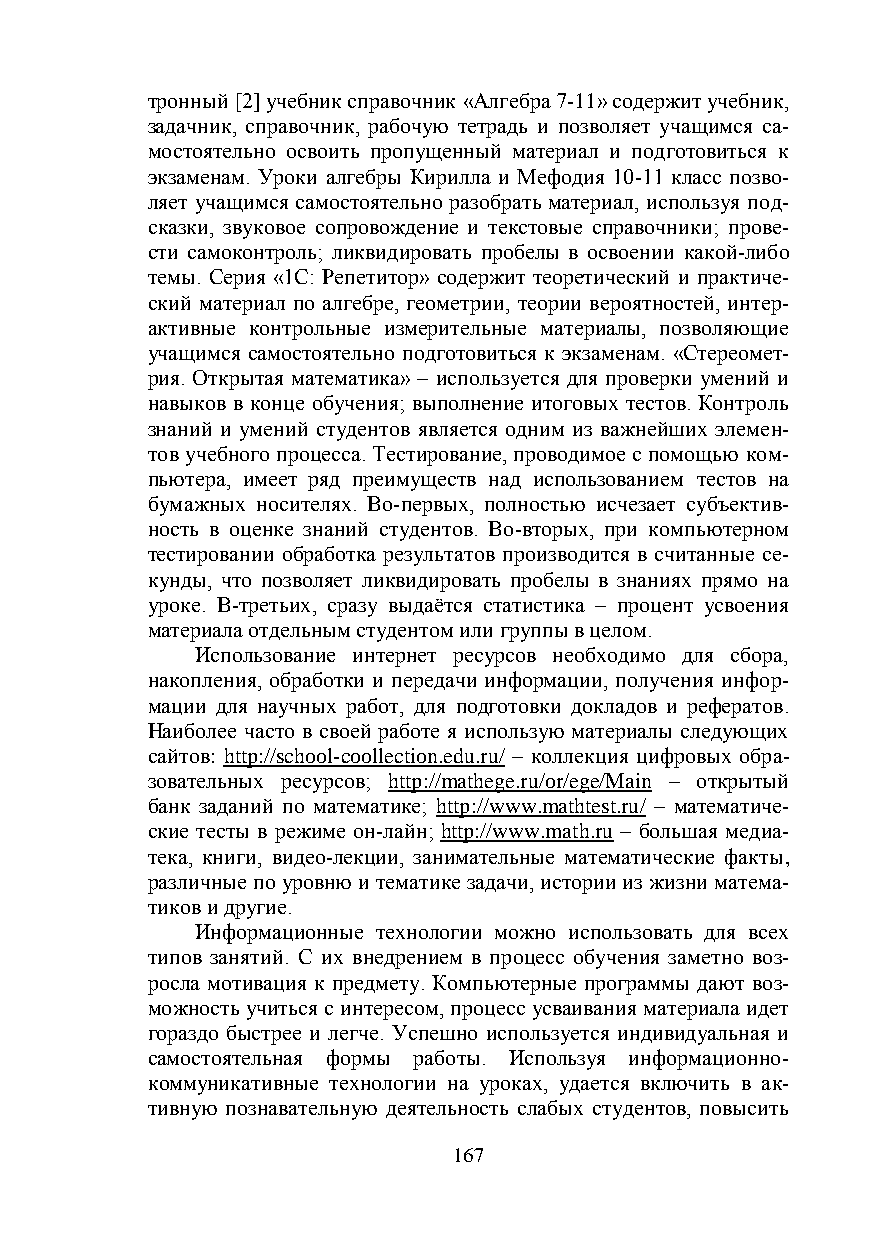
тронный [2] учебник справочник «Алгебра 7-11» содержит учебник,
 задачник, справочник, рабочую тетрадь и позволяет учащимся са-
 мостоятельно освоить пропущенный материал и подготовиться к
 экзаменам. Уроки алгебры Кирилла и Мефодия 10-11 класс позво-
 ляет учащимся самостоятельно разобрать материал, используя под-
 сказки, звуковое сопровождение и текстовые справочники; прове-
 сти самоконтроль; ликвидировать пробелы в освоении какой-либо
 темы. Серия «1С: Репетитор» содержит теоретический и практиче-
 ский материал по алгебре, геометрии, теории вероятностей, интер-
 активные контрольные измерительные материалы, позволяющие
 учащимся самостоятельно подготовиться к экзаменам. «Стереомет-
 рия. Открытая математика» – используется для проверки умений и
 навыков в конце обучения; выполнение итоговых тестов. Контроль
 знаний и умений студентов является одним из важнейших элемен-
 тов учебного процесса. Тестирование, проводимое с помощью ком-
 пьютера, имеет ряд преимуществ над использованием тестов на
 бумажных носителях. Во-первых, полностью исчезает субъектив-
 ность в оценке знаний студентов. Во-вторых, при компьютерном
 тестировании обработка результатов производится в считанные се-
 кунды, что позволяет ликвидировать пробелы в знаниях прямо на
 уроке. В-третьих, сразу выдаётся статистика – процент усвоения
 материала отдельным студентом или группы в целом.
 Использование интернет ресурсов необходимо для сбора,
 накопления, обработки и передачи информации, получения инфор-
 мации для научных работ, для подготовки докладов и рефератов.
 Наиболее часто в своей работе я использую материалы следующих
 сайтов: http://school-coollection.edu.ru/ – коллекция цифровых обра-
 зовательных ресурсов; http://mathege.ru/or/ege/Main – открытый
 банк заданий по математике; http://www.mathtest.ru/ – математиче-
 ские тесты в режиме он-лайн; http://www.math.ru – большая медиа-
 тека, книги, видео-лекции, занимательные математические факты,
 различные по уровню и тематике задачи, истории из жизни матема-
 тиков и другие.
 Информационные технологии можно использовать для всех
 типов занятий. С их внедрением в процесс обучения заметно воз-
 росла мотивация к предмету. Компьютерные программы дают воз-
 можность учиться с интересом, процесс усваивания материала идет
 гораздо быстрее и легче. Успешно используется индивидуальная и
 самостоятельная формы работы. Используя информационно-
 коммуникативные технологии на уроках, удается включить в ак-
 тивную познавательную деятельность слабых студентов, повысить
 167